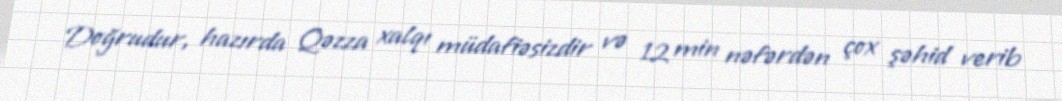
Doğrudur, hazırda Qəzza xalqı müdafiəsizdir və 12 min nəfərdən çox şəhid verib